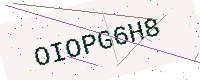
Text: OIOPG6H8